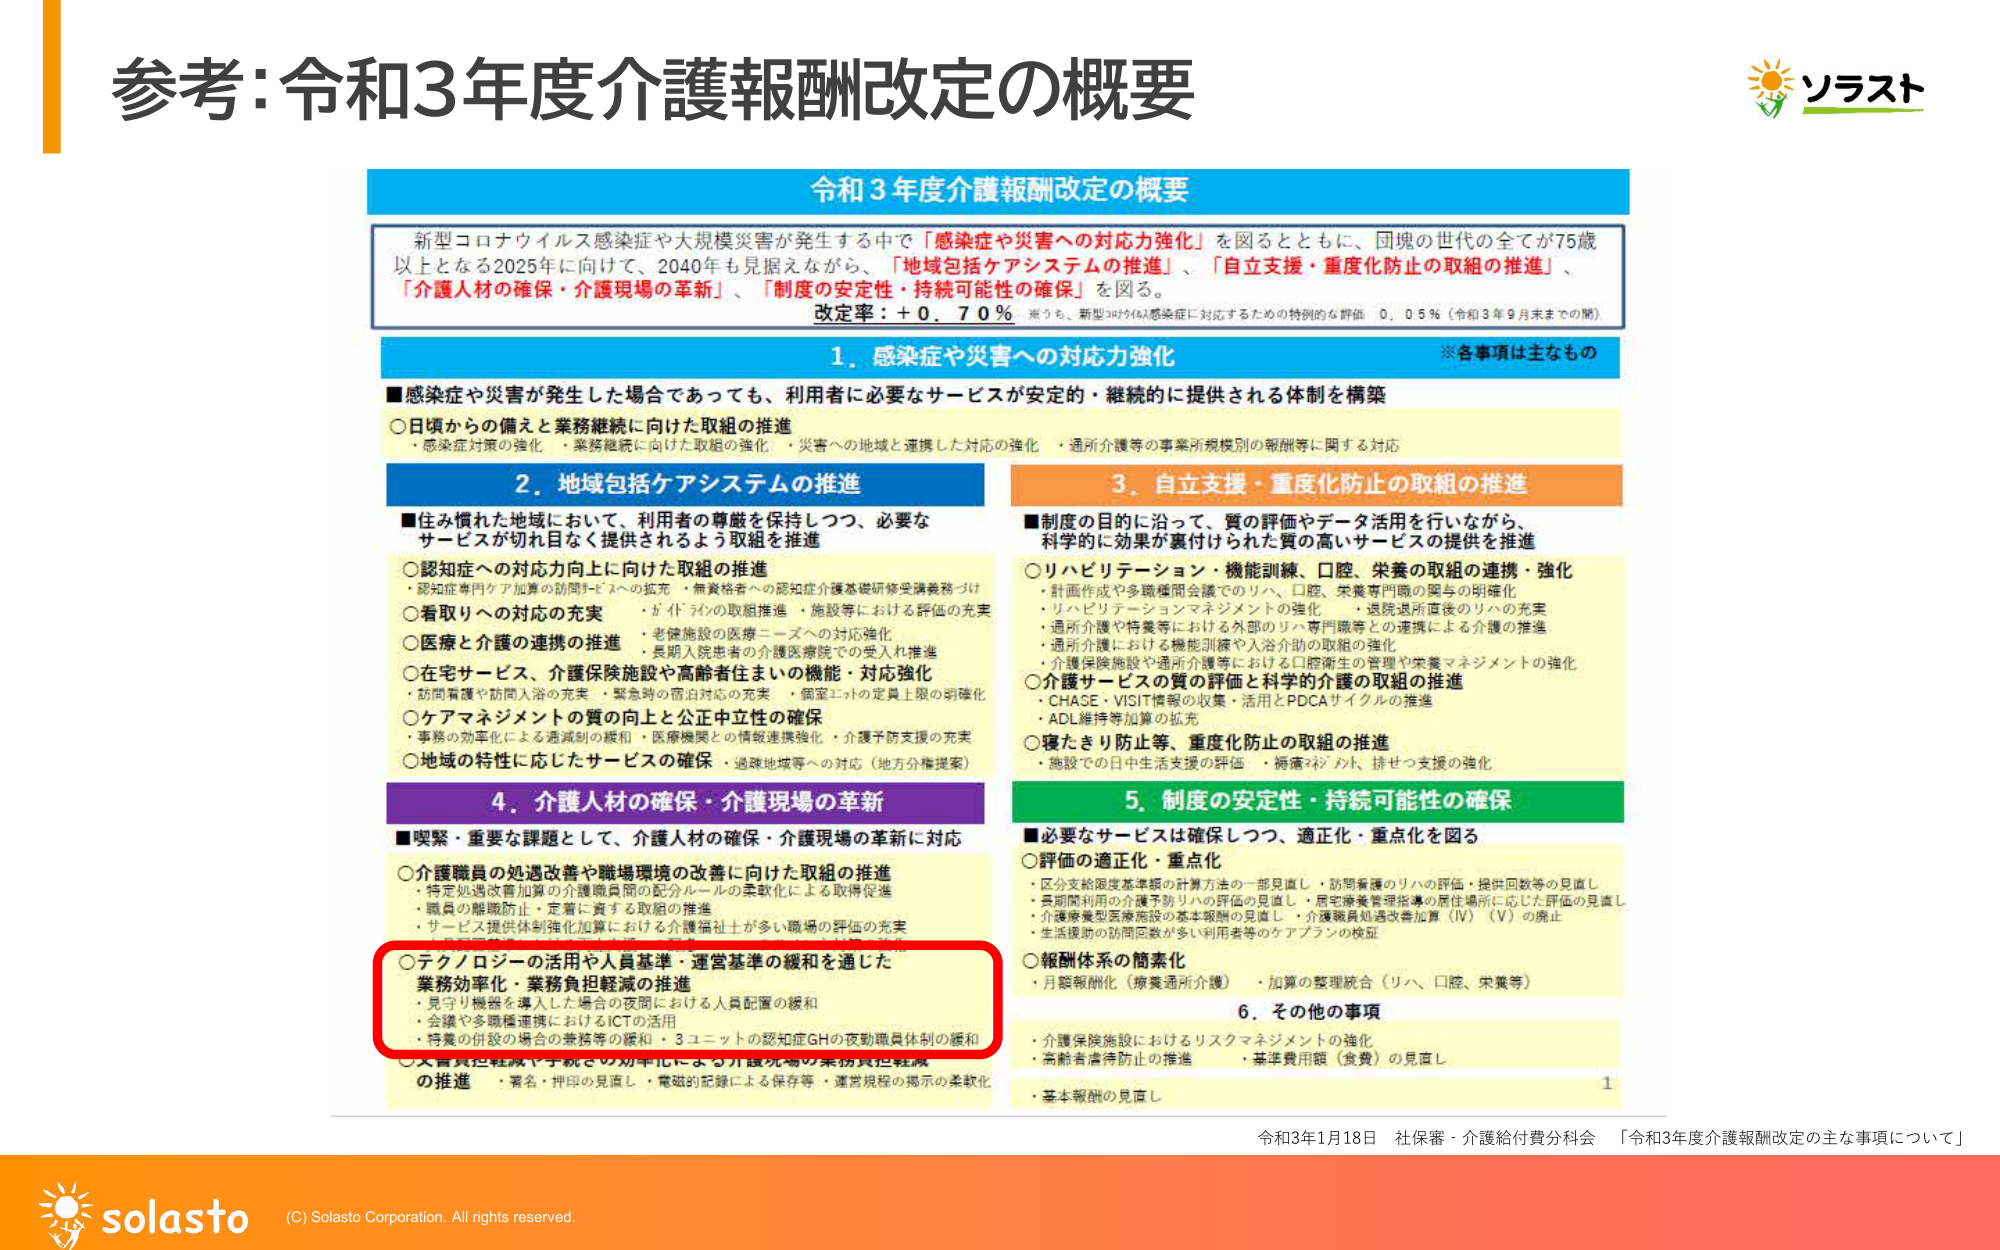
参考:令和3年度介護報酬改定の概要

令和3年度介護報酬改定の概要

新型コロナウイルス感染症や大規模災害が発生する中で「感染症や災害への対応力強化」を図るとともに、団塊の世代の全てが75歳以上となる2025年に向けて、2040年も見据えながら、「地域包括ケアシステムの推進」、「自立支援・重度化防止の取組の推進」、「介護人材の確保・介護現場の革新」、「制度の安定性・持続可能性の確保」を図る。

改定率：＋0.70％ ※うち、新型コロナ感染症に対応するための特例的な評価 0.05％（令和3年9月末までの間）

1. 感染症や災害への対応力強化
※各事項は主なもの

■感染症や災害が発生した場合であっても、利用者に必要なサービスが安定的・継続的に提供される体制を構築
○日頃からの備えと業務継続に向けた取組の推進
・感染症対策の強化・業務継続に向けた取組の強化・災害への地域と連携した対応の強化・通所介護等の事業所規模別の報酬等に関する対応

2. 地域包括ケアシステムの推進

■住み慣れた地域において、利用者の尊厳を保持しつつ、必要なサービスが切れ目なく提供されるよう取組を推進
○認知症への対応力向上に向けた取組の推進
・認知症専門ケア加算の訪問サービスへの拡充・無資格者への認知症介護基礎研修受講義務づけ
○看取りへの対応の充実
・在宅・施設の医療ニーズへの対応強化
○医療と介護の連携の推進
・老健施設の医療ニーズへの対応強化・長期入院患者の介護医療院での受入れ推進
○在宅サービス・介護保険施設や高齢者住まいの機能・対応強化
・訪問看護や訪問入浴の充実・緊急時の宿泊対応の充実・個室ユニットの定員上限の明確化
○ケアマネジメントの質の向上と公正中立性の確保
・事務の効率化による過減剤の緩和・医療機関との情報連携強化・介護予防支援の充実
○地域の特性に応じたサービスの確保
・過疎地域等への対応（地方分権提案）

3. 自立支援・重度化防止の取組の推進

■制度の目的に沿って、質の評価やデータ活用を行いながら、科学的に効果が裏付けられた質の高いサービスの提供を推進
○リハビリテーション・機能訓練、口腔、栄養の取組の連携・強化
・計画作成や多職種間会議でのリハ、口腔、栄養専門職の関与の明確化
・リハビリテーションマネジメントの強化・退院退所直後のリハの充実
・通所介護や特養等における外部のリハ専門職等との連携による介護の推進
・通所介護における機能訓練や入浴介助の取組の強化
・介護保険施設や通所介護等における口腔衛生の管理や栄養マネジメントの強化
○介護サービスの質の評価と科学的介護の取組の推進
・CHASE・VISIT情報の収集・活用とPDCAサイクルの推進
・ADL維持等加算の拡充
○寝たきり防止等、重度化防止の取組の推進
・施設での日中生活支援の評価・褥瘡・シフト、排せつ支援の強化

4. 介護人材の確保・介護現場の革新

■喫緊・重要な課題として、介護人材の確保・介護現場の革新に対応
○介護職員の処遇改善や職場環境の改善に向けた取組の推進
・特定処遇改善加算の介護職員間の配分ルールの柔軟化による取得促進
・職員の離職防止・定着に資する取組の推進
・サービス提供体制強化加算における介護福祉士が多い職場の評価の充実
○テクノロジーの活用や人員基準・運営基準の緩和を通じた業務効率化・業務負担軽減の推進
・見守り機器を導入した場合の夜間における人員配置の緩和
・会議や多職種連携におけるICTの活用
・特養の併設の場合の業務等の緩和・3ユニットの認知症GHの夜勤職員体制の緩和
○業務負担軽減や手続きの効率化による介護現場の業務負担軽減の推進
・署名・押印の見直し・電磁的記録による保存等・運営規程の提示の柔軟化

5. 制度の安定性・持続可能性の確保

■必要なサービスは確保しつつ、適正化・重点化を図る
○評価の適正化・重点化
・区分支給限度基準額の計算方法の一部見直し・訪問看護のリハの評価・提供回数等の見直し
・長期間利用の介護予防リハの評価の見直し・居宅療養管理指導の居住場所に応じた評価の見直し
・介護療養型医療施設の基本報酬の見直し・介護職員処遇改善加算（Ⅳ）（Ⅴ）の廃止
・生活援助の訪問回数が多い利用者等のケアプランの検証
○報酬体系の簡素化
・月額報酬化（療養通所介護）・加算の整理統合（リハ、口腔、栄養等）

6. その他の事項
・介護保険施設におけるリスクマネジメントの強化
・高齢者虐待防止の推進・基準費用額（食費）の見直し
・基本報酬の見直し

令和3年1月18日 社保審・介護給付費分科会 「令和3年度介護報酬改定の主な事項について」

ソラスト
solasto
(C) Solasto Corporation. All rights reserved.